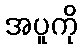
အပူကို